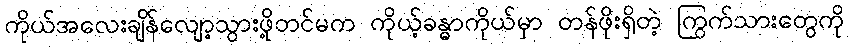
ကိုယ်အလေးချိန်လျော့သွားဖို့တင်မက ကိုယ့်ခန္ဓာကိုယ်မှာ တန်ဖိုးရှိတဲ့ ကြွက်သားတွေကို